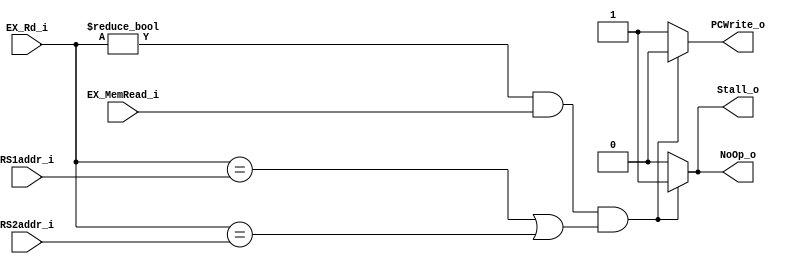
module Hazard_Unit
(
    RS1addr_i,
    RS2addr_i,
    EX_Rd_i,
    EX_MemRead_i,
    PCWrite_o,
    Stall_o,
    NoOp_o,
);

input [4:0] RS1addr_i, RS2addr_i, EX_Rd_i;
input       EX_MemRead_i;
output reg PCWrite_o = 0, Stall_o = 1, NoOp_o = 1;

always @ (*) begin
    // detect whether the rd in EX stage is the same as rs1 or rs2
    if (EX_Rd_i != 0
    && EX_MemRead_i
    && (EX_Rd_i == RS1addr_i || EX_Rd_i == RS2addr_i)
    ) begin
        PCWrite_o <= 0;
        Stall_o <= 1;
        NoOp_o <= 1;
    end
    else begin
        PCWrite_o <= 1;
        Stall_o <= 0;
        NoOp_o <= 0;
    end
end

endmodule